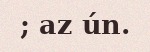
; az ún.